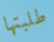
طلبتها